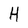
Character: H